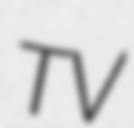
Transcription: TV